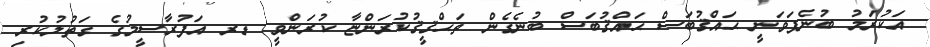
އަކުރަމު ބުނެފަވަނީ ޙައްޤުބަސް ޙައްޤުބަސް ބުނެގެން ތަޙްޤީޤުކުރަންޏާ ކުރަންވީ ޑރ އަފުރާސީމުގެ ގަތުލުކުރި